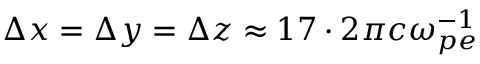
\Delta x = \Delta y = \Delta z \approx 1 7 \cdot 2 \pi c \omega _ { p e } ^ { - 1 }